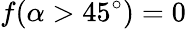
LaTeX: f(\alpha>45^{\circ})=0